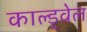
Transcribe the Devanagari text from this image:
काल्ड्वेल